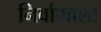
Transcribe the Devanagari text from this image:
निर्वाणाला